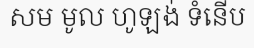
សម មូល ហូឡង់ ទំនើប